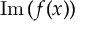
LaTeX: \operatorname { I m } { ( f ( x ) ) }